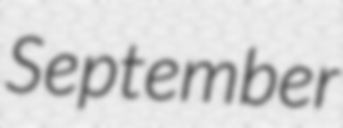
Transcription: September